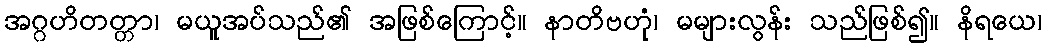
အဂ္ဂဟိတတ္တာ၊ မယူအပ်သည်၏ အဖြစ်ကြောင့်။ နာတိဗဟုံ၊ မများလွန်း သည်ဖြစ်၍။ နိရယေ၊